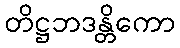
တိဋ္ဌဘဒန္တိကော